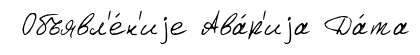
Объявл'е́н'иjе Ава́р'иjа Да́та